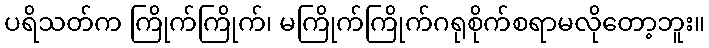
ပရိသတ်က ကြိုက်ကြိုက်၊ မကြိုက်ကြိုက်ဂရုစိုက်စရာမလိုတော့ဘူး။